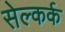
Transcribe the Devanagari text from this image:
सेल्कर्क